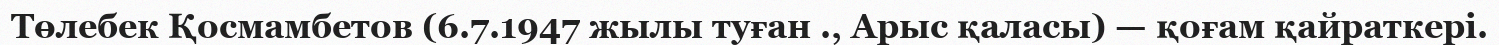
Төлебек Қосмамбетов (6.7.1947 жылы туған ., Арыс қаласы) — қоғам қайраткері.